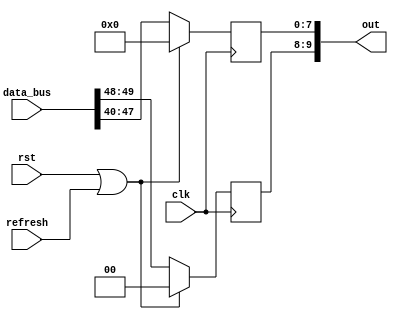
module operation	#(
					  //tag
					  parameter TAG_WIDTH = 2,
					  //tag
					  parameter INVALID_TAG = 2'd0,
					  //tag
					  parameter DATA_TAG0 = 2'd1,
					  //tag
					  parameter DATA_TAG1 = 2'd2,
					  //tag
					  parameter DATA_END_TAG = 2'd3,
					  //Operation Window
					  parameter OPE_WIDTH = 3,
					  //bit8btag2b
					  parameter DATA_WIDTH = 8 + TAG_WIDTH
					  )(
						//
						input [DATA_WIDTH*OPE_WIDTH*OPE_WIDTH-1:0] data_bus,
						input									   clk,
						//rston
						input									   rst,
						//refreshon
						input									   refresh,
						//tag2b+8b
						output [DATA_WIDTH-1:0]					   out
						);


	//8b2btag10b
	//tagDATA_TAG0,DATA_TAG1,INVALID_DATA,DATA_END_TAG
	//
	
	//tag10b
	//tag
	//out2btag
	

	//2ditag10b8b

	
	//
	//8b+tag2b10b
	// OPE_SIZE*OPE_SIZE2
	wire [DATA_WIDTH-1:0]										   d[OPE_WIDTH-1:0][OPE_WIDTH-1:0];
	wire [TAG_WIDTH-1:0]										   tag_in;

	//
	//8
	// OPE_SIZE*OPE_SIZE2
	wire [8-1:0]												   i[OPE_WIDTH-1:0][OPE_WIDTH-1:0];



	//
	reg [8-1:0]													   pixel_out;
	//tag
	reg [TAG_WIDTH-1:0]											   tag_out;



	//generate	 
	//data_bus
	genvar														   x,y;
	generate	
		for(y = 0; y < OPE_WIDTH; y = y + 1) begin: ope_loop_y
			for(x = 0; x < OPE_WIDTH; x = x + 1) begin: ope_loop_x
				assign d[y][x] = data_bus[(((y*OPE_WIDTH)+x)*DATA_WIDTH)+:DATA_WIDTH];
				assign i[y][x] = d[y][x][0+:8];
			end
		end
	endgenerate
	//

	//tag
	assign tag_in = d[OPE_WIDTH/2][OPE_WIDTH/2][8+:TAG_WIDTH];

	//tag_out,pixel_outout
	assign out[8+:TAG_WIDTH] = tag_out;
	assign out[0+:8] = pixel_out;



	//i[y][x]
	//pixel_outtagtag_out

	always @(posedge clk) begin
		if(rst|refresh) begin
			//
			pixel_out <= 0;
			tag_out <= 0;
		end
		else begin

			/////////////////////////////////////////////////////////
			// ()
			/////////////////////////////////////////////////////////

			//
			pixel_out <= i[OPE_WIDTH/2][OPE_WIDTH/2];
			tag_out <= tag_in;
			
		end
	end

	/////////////////////////////////////////////////////////
	//  					//
	/////////////////////////////////////////////////////////

	/* 
	  */

endmodule